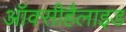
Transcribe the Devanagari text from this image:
ऑक्सीहैलाइड